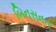
બિનસતત